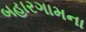
બહારગામના